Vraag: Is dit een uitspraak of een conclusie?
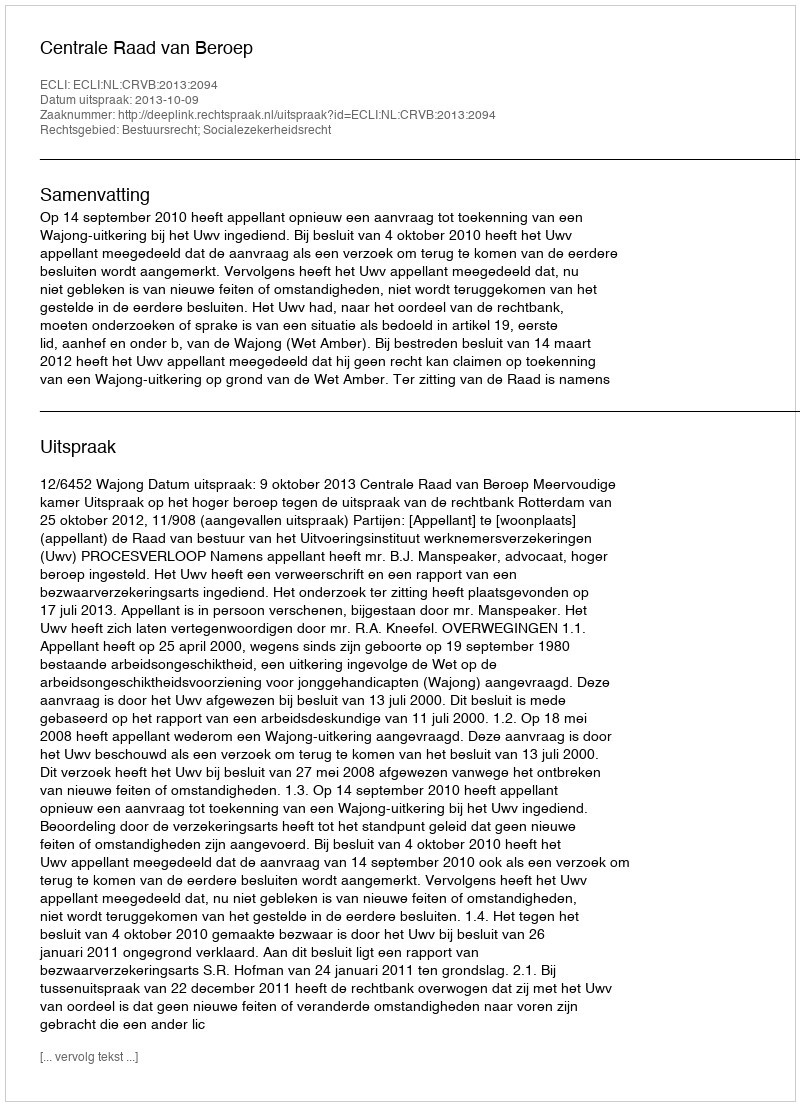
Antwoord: Uitspraak